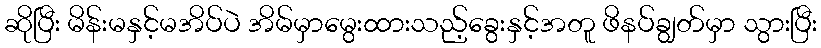
ဆိုပြီး မိန်းမနှင့်မအိပ်ပဲ အိမ်မှာမွေးထားသည့်ခွေးနှင့်အတူ ဖိနပ်ချွတ်မှာ သွားပြီး